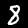
Label: 8